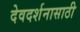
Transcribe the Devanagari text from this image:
देवदर्शनासाठी